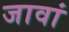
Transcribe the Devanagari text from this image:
जावां